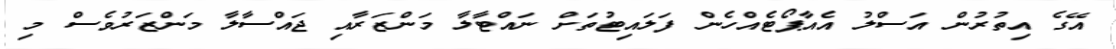
އޭގެ އިތުރުން އަސްލު އެއާޕޯޓެއްހެން ފަލައިޓުތަށް ނައްޓާލާ މަންޒަރާއި ޖައްސާލާ މަންޒަރުވެސް މި